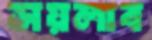
সয়লাব